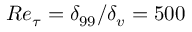
R e _ { \tau } = \delta _ { 9 9 } / \delta _ { v } = 5 0 0